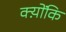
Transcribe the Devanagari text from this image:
क्य़ोंकि